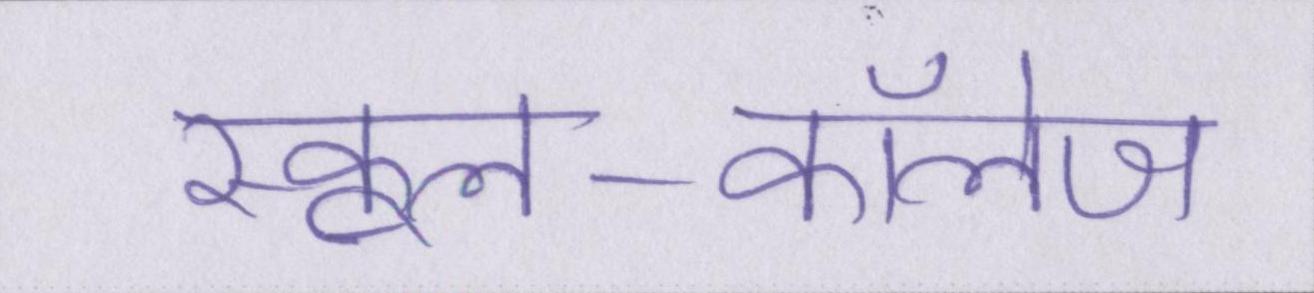
स्कूल-कॉलेज